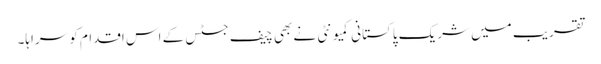
تقریب میں شریک پاکستانی کمیونٹی نے بھی چیف جسٹس کے اس اقدام کو سراہا۔